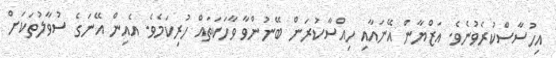
އިހުސާސްކުރެވުނެވެ. އަޒްޔާން އޭނައާއި ހިއްސާކުރަން ބޭނުންވާ ވާހަކަތައް ހުރިކަމެވެ. އެއިން އޭނަގެ ސުވާލުތަކަށް